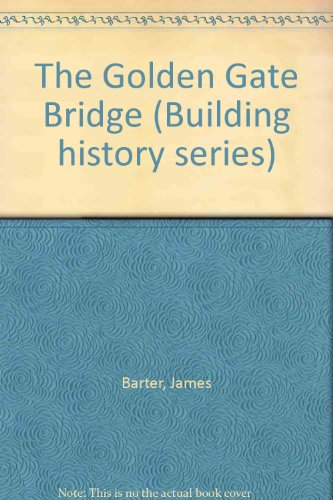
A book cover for Building History - The Golden Gate Bridge; James Barter; Teen & Young Adult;